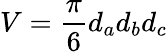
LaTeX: V=\frac{\pi}{6}d_{a}d_{b}d_{c}